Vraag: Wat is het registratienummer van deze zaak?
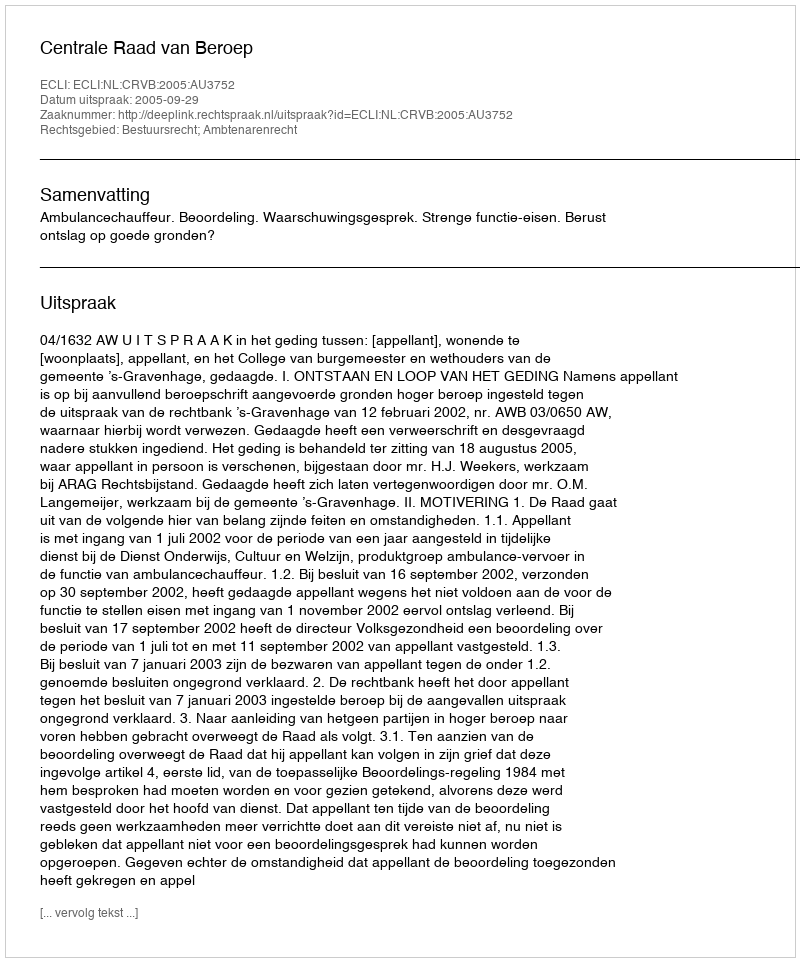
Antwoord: http://deeplink.rechtspraak.nl/uitspraak?id=ECLI:NL:CRVB:2005:AU3752